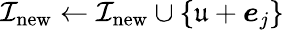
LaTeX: {\mathcal{I}}_{\mathrm{new}}\gets{\mathcal{I}}_{\mathrm{new}}\cup\{ {\mathfrak{u}}+{\boldsymbol{e}}_{j}\}